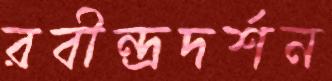
রবীন্দ্রদর্শন